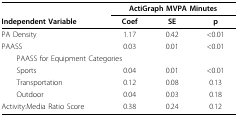
|  | <COLSPAN=3> ActiGraph MVPA Minutes |
 | Independent Variable | Coef | SE | p |
 | --- | --- | --- | --- |
 | PA Density | 1.17 | 0.42 | <0.01 |
 | PAASS | 0.03 | 0.01 | <0.01 |
 | <COLSPAN=2> PAASS for Equipment Categories |  |  |
 | Sports | 0.04 | 0.01 | <0.01 |
 | Transportation | 0.12 | 0.08 | 0.13 |
 | Outdoor | 0.04 | 0.03 | 0.18 |
 | Activity:Media Ratio Score | 0.38 | 0.24 | 0.12 |